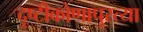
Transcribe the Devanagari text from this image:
दृष्टीकोणापुरत्या